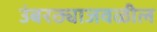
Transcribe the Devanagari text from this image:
उंबरठ्याजवळील